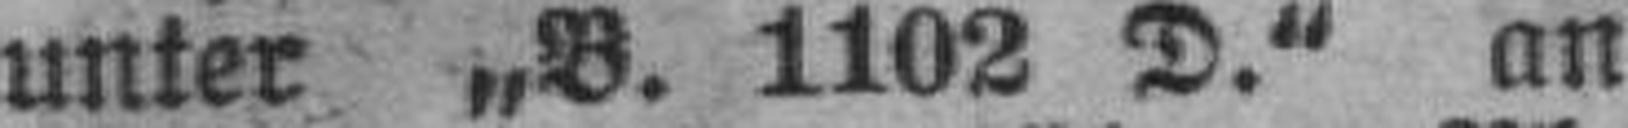
unter ,,B. 1102 D.“ an